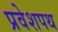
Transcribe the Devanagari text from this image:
प्रवेशपथ